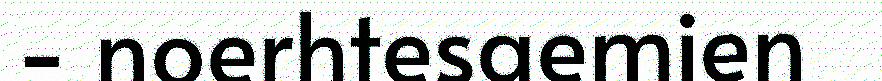
- noerhtesaemien